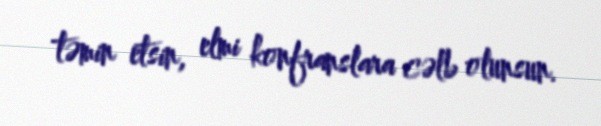
təmin etsin, elmi konfranslara cəlb olunsun.